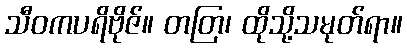
သီဝကပရိဗိုဇ်။ တတြ၊ ထိုသို့သမုတ်ရာ။